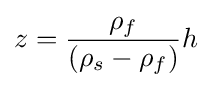
z={\frac {\rho _{f}}{(\rho _{s}-\rho _{f})}}h